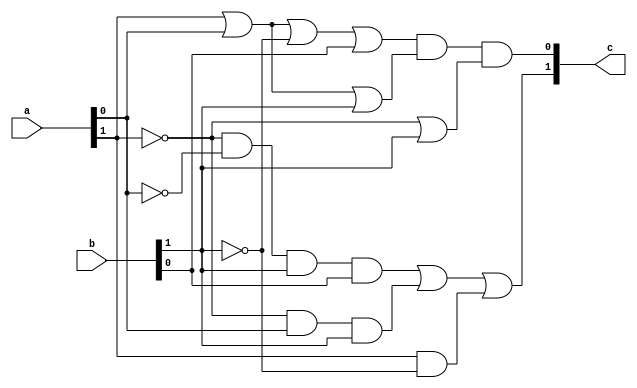
`timescale 1ns / 1ns
module source(c, a, b);

input wire [1:0] a; // 2 bit
input wire [1:0] b; // 2 bit
output wire [1:0] c; // 2 bit

// Fill here for the gates
// p => a[1]
// q => a[0]
// r => b[1]
// s => b[0]

wire a0not;
wire a1not;
wire b1not;

not(a0not, a[0]);
not(a1not, a[1]);
not(b1not, b[1]);

// For c[0] = (p + q + r' + s)(p + q + r)(p' + r)
wire or0;
wire or1;
wire or2;

or(or0, a[1], a[0], b1not, b[0]);
or(or1, a[1], a[0], b[1]);
or(or2, a1not, b[1]);

and(c[0], or0, or1, or2);

// For c[1] = p'q'rs + p'qr + pr'
wire and0;
wire and1;
wire and2;

and(and0, a1not, a0not, b[1], b[0]);
and(and1, a1not, a[0], b[1]);
and(and2, a[1], b1not);

or(c[1], and0, and1, and2);

endmodule